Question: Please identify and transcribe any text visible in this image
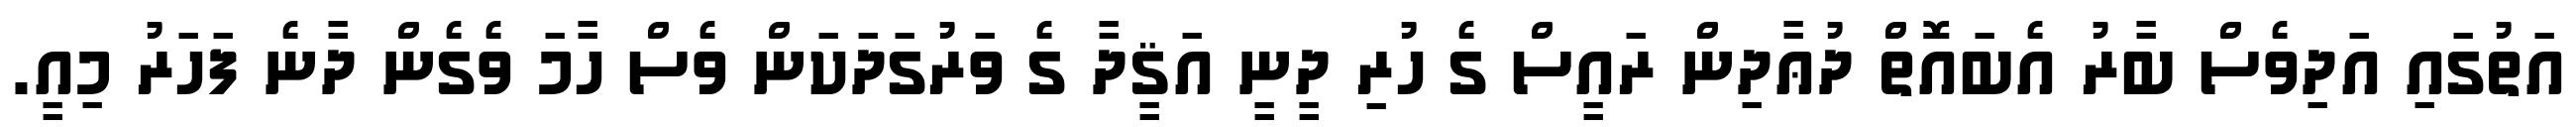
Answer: އަތުގައި އަދިވެސް ބާރު އެބައޮތް ދުޢާދިން ރައީސް ގެ ހުރި ދީނީ އަޤީދާ ގެ ވަރުގަދަކަން ވެސް ހާމަ ވެގެން ދާނެ ފަހަރު މިއީ.